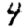
Digit: 4